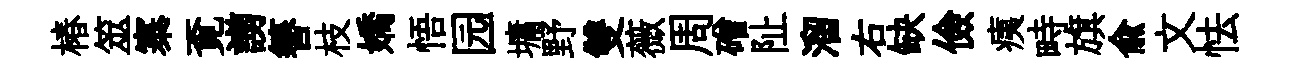
椿筮寨覔謭簮枝嬌悟园墉野雙薇周磳阯溜右缺儉痍畤旗俞文怯